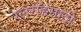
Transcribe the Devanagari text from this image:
रेलरोडसाठी